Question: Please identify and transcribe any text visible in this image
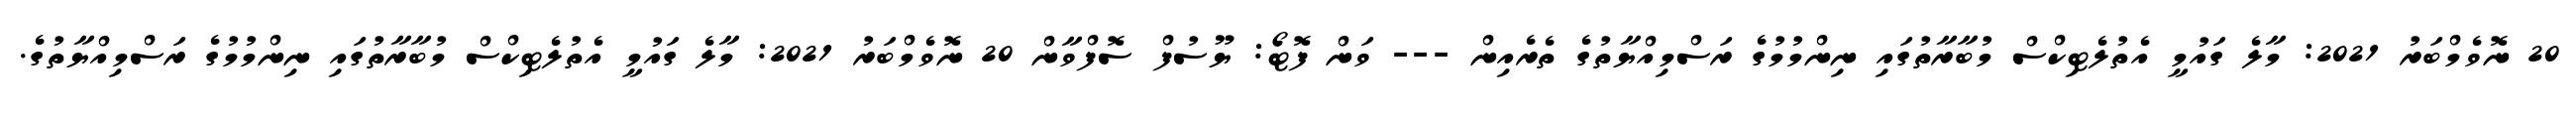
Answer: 20 ނޮވެމްބަރު 2021: މާލެ ގައުމީ އެތުލެޓިކްސް މުބާރާތުގައި ނިންމުމުގެ ރަސްމިއްޔާތުގެ ތެރެއިން --- ވަން ފޮޓޯ: ޔޫސުފް ސޮފްވާން 20 ނޮވެމްބަރު 2021: މާލެ ގައުމީ އެތުލެޓިކްސް މުބާރާތުގައި ނިންމުމުގެ ރަސްމިއްޔާތުގެ.